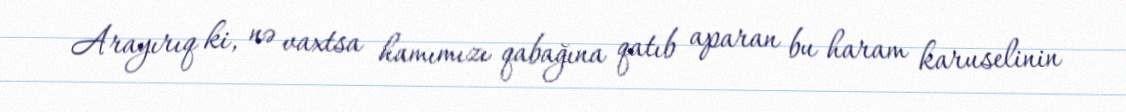
Arayırıq ki, nə vaxtsa hamımızı qabağına qatıb aparan bu haram karuselinin